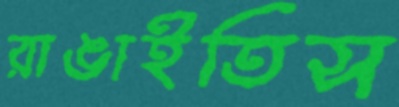
রাঙাইতিস